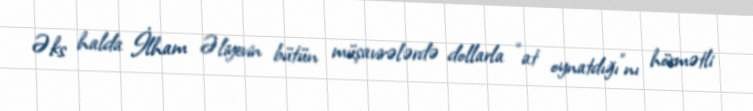
Əks halda İlham Əliyevin bütün müşavirələrdə dollarla “at oynatdığı”nı hörmətli